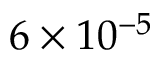
6 \times 1 0 ^ { - 5 }